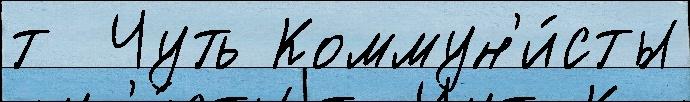
т  Чуть Коммун'и́сты